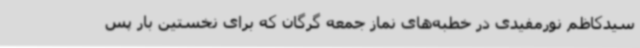
سیدکاظم نورمفیدی در خطبه‌های نماز جمعه گرگان که برای نخستین بار پس